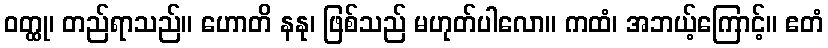
ဝတ္ထု၊ တည်ရာသည်။ ဟောတိ နနု၊ ဖြစ်သည် မဟုတ်ပါလော။ ကထံ၊ အဘယ့်ကြောင့်။ ဧတံ